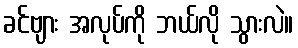
ခင်ဗျား အလုပ်ကို ဘယ်လို သွားလဲ။